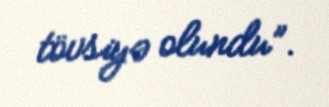
tövsiyə olundu”.